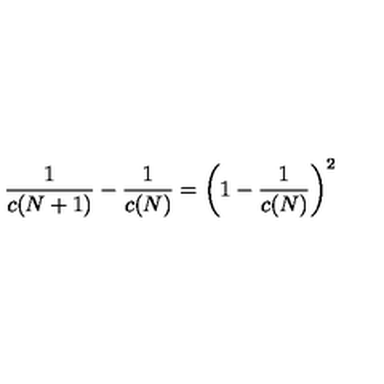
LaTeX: { \frac { 1 } { c ( N + 1 ) } } - { \frac { 1 } { c ( N ) } } = \left( 1 - { \frac { 1 } { c ( N ) } } \right) ^ { 2 } \,